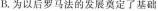
B. 为以后罗马法的发展奠定了基础